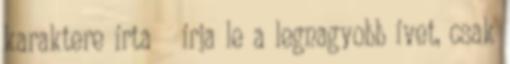
karaktere írta írja le a legnagyobb ívet, csak